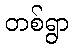
တစ်ရွာ